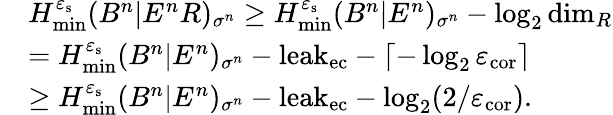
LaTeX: \begin{array}{rl}&{H_{\mathrm{min}}^{\varepsilon_{\mathrm{s}}}(B^{n}|E^{n}R)_{\sigma^{n}}\geq H_{\mathrm{min}}^{\varepsilon_{\mathrm{s}}}(B^{n}|E^{n})_{\sigma^{n}}-\log_{2}\mathrm{dim}_{R}}\\ &{=H_{\mathrm{min}}^{\varepsilon_{\mathrm{s}}}(B^{n}|E^{n})_{\sigma^{n}}-\mathrm{leak}_{\mathrm{ec}}-\left\lceil-\log_{2}\varepsilon_{\mathrm{cor}}\right\rceil}\\ &{\ge H_{\mathrm{min}}^{\varepsilon_{\mathrm{s}}}(B^{n}|E^{n})_{\sigma^{n}}-\mathrm{leak}_{\mathrm{ec}}-\log_{2}(2/\varepsilon_{\mathrm{cor}}).}\end{array}